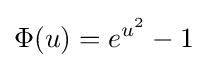
\Phi (u)=e^{u^{2}}-1